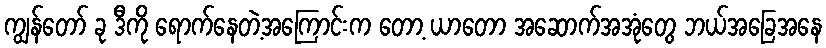
ကျွန်တော် ခု ဒီကို ရောက်နေတဲ့အကြောင်းက တော့ ယာတော အဆောက်အအုံတွေ ဘယ်အခြေအနေ